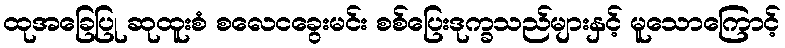
ထုအခြေပြု ဆုထူးစံ စလေငခွေးမင်း စစ်ပြေးဒုက္ခသည်များနှင့် မူသောကြောင့်